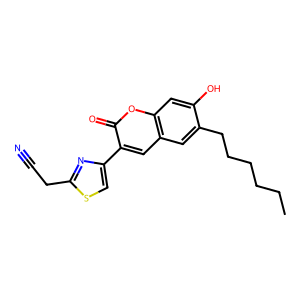
SMILES: CCCCCCc1cc2cc(-c3csc(CC#N)n3)c(=O)oc2cc1O
Inhibits HIV replication: No